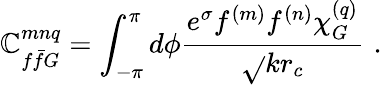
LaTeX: \mathbb{C}_{f\bar{{f}}G}^{mnq}=\int_{-\pi}^{\pi}d\phi\frac{{e^{\sigma}f^{(m)}f^{(n)}\chi_{G}^{(q)}}}{{\sqrt{}{{kr_{c}}}}}\, \, .